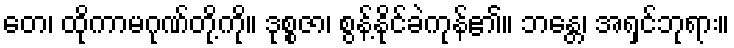
တေ၊ ထိုကာမဂုဏ်တို့ကို။ ဒုစ္စဇာ၊ စွန့်နိုင်ခဲကုန်၏။ ဘန္တေ၊ အရှင်ဘုရား။